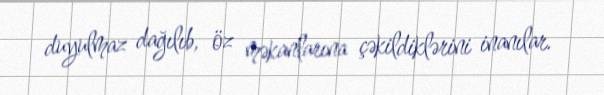
duyulmaz dağılıb, öz məkanlarına çəkildiklərini inanılar.